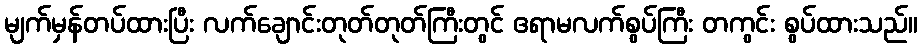
မျက်မှန်တပ်ထားပြီး လက်ချောင်းတုတ်တုတ်ကြီးတွင် ဧရာမလက်စွပ်ကြီး တကွင်း စွပ်ထားသည်။